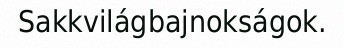
Sakkvilágbajnokságok.